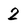
Character: 2